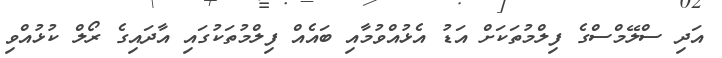
އަދި ސްލޭމްސްގެ ފިލްމުތަކަށް އަޑު އެޅުއްވުމާއި ބައެއް ފިލްމުތަކުގައި އާދައިގެ ރޯލް ކުޅުއްވި